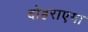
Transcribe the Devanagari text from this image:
दोहराएगा